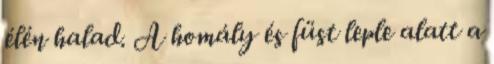
élén halad. A homály és füst leple alatt a